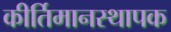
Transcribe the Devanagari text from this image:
कीर्तिमानस्थापक